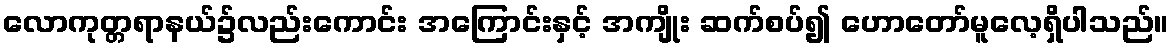
လောကုတ္တရာနယ်၌လည်းကောင်း အကြောင်းနှင့် အကျိုး ဆက်စပ်၍ ဟောတော်မူလေ့ရှိပါသည်။